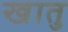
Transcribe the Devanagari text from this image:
खातु